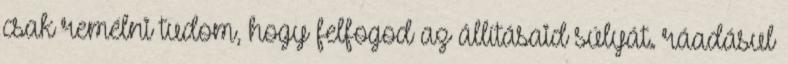
csak remélni tudom, hogy felfogod az állításaid súlyát. ráadásul